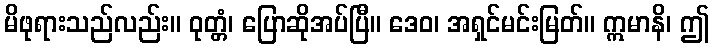
မိဖုရားသည်လည်း။ ဝုတ္တံ၊ ပြောဆိုအပ်ပြီ။ ဒေဝ၊ အရှင်မင်းမြတ်။ ဣမာနိ၊ ဤ